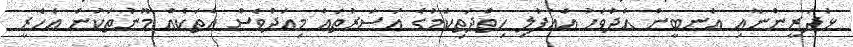
ޅަދަރީންނާއި އަނބީން އެދުވަހު އެއުފުލި ހިތްދަތިކަމުގެ އަސަރުތައް މިއަދުވެސް އެތަކެއް މޫނުތަކުން އެހެރީ